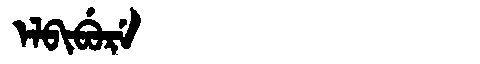
Manchu: ᡝᠯᠪᡳᠪᡠᡵᡝ
Romanization: ELBIBURE